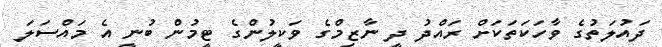
ދައުލަތުގެ ވާހަކަތަކަށް ރައްދު ދީ ނާޒިމްގެ ވަކީލުންގެ ޓީމުން ބުނީ އެ މައްސަލަ